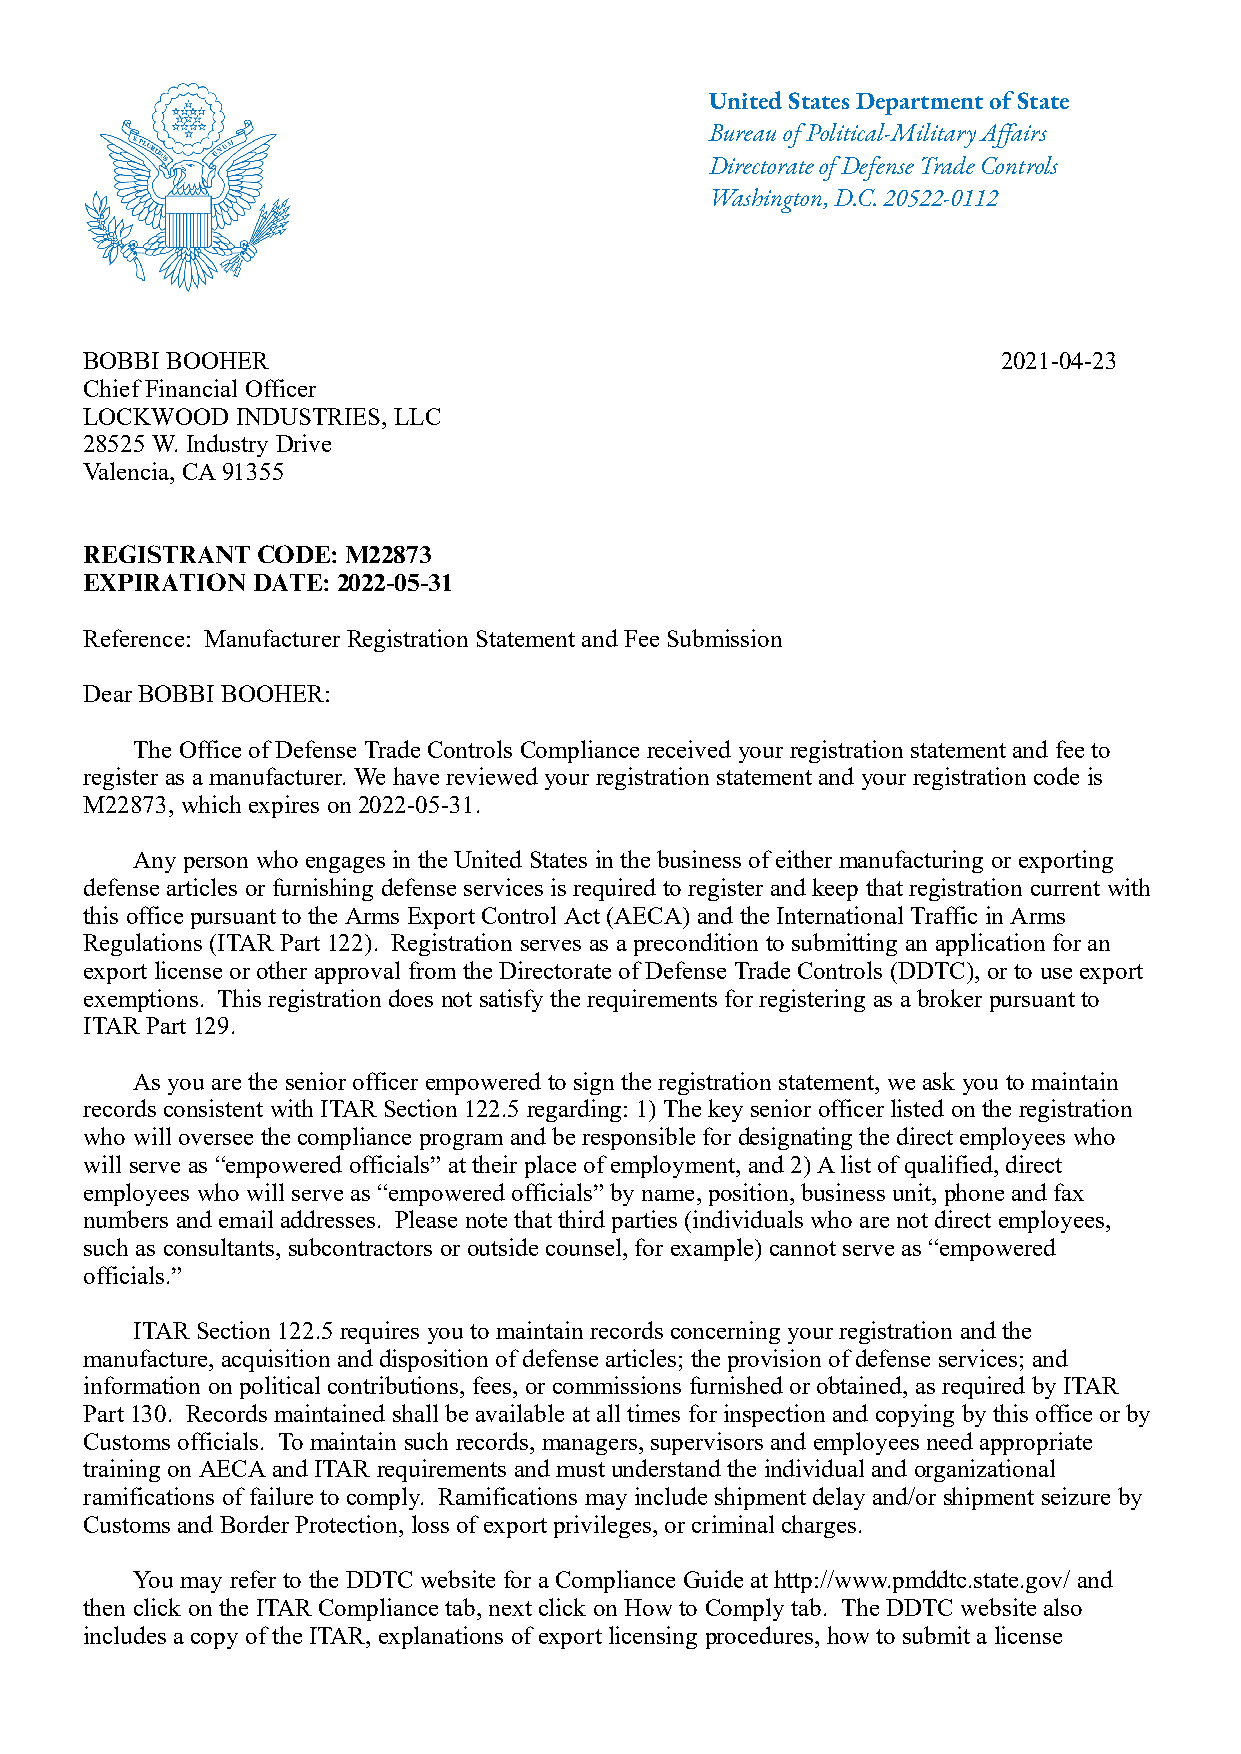
United States Department of State
 Bureau of Political-Military Affairs
 Directorate of Defense Trade Controls
 Washington, D.C. 20522-0112
 BOBBI BOOHER                                                2021-04-23
 Chief Financial Officer
 LOCKWOOD  INDUSTRIES, LLC
 28525 W. Industry Drive
 Valencia, CA 91355
 REGISTRANT CODE: M22873
 EXPIRATION DATE: 2022-05-31
 Reference: Manufacturer Registration Statement and Fee Submission
 Dear BOBBI BOOHER:
 The Office of Defense Trade Controls Compliance received your registration statement and fee to
 register as a manufacturer. We have reviewed your registration statement and your registration code is
 M22873, which expires on 2022-05-31.
 Any person who engages in the United States in the business of either manufacturing or exporting
 defense articles or furnishing defense services is required to register and keep that registration current with
 this office pursuant to the Arms Export Control Act (AECA) and the International Traffic in Arms
 Regulations (ITAR Part 122). Registration serves as a precondition to submitting an application for an
 export license or other approval from the Directorate of Defense Trade Controls (DDTC), or to use export
 exemptions. This registration does not satisfy the requirements for registering as a broker pursuant to
 ITAR Part 129.
 As you are the senior officer empowered to sign the registration statement, we ask you to maintain
 records consistent with ITAR Section 122.5 regarding: 1) The key senior officer listed on the registration
 who will oversee the compliance program and be responsible for designating the direct employees who
 will serve as “empowered officials” at their place of employment, and 2) A list of qualified, direct
 employees who will serve as “empowered officials” by name, position, business unit, phone and fax
 numbers and email addresses. Please note that third parties (individuals who are not direct employees,
 such as consultants, subcontractors or outside counsel, for example) cannot serve as “empowered
 officials.”
 ITAR Section 122.5 requires you to maintain records concerning your registration and the
 manufacture, acquisition and disposition of defense articles; the provision of defense services; and
 information on political contributions, fees, or commissions furnished or obtained, as required by ITAR
 Part 130. Records maintained shall be available at all times for inspection and copying by this office or by
 Customs officials. To maintain such records, managers, supervisors and employees need appropriate
 training on AECA and ITAR requirements and must understand the individual and organizational
 ramifications of failure to comply. Ramifications may include shipment delay and/or shipment seizure by
 Customs and Border Protection, loss of export privileges, or criminal charges.
 You may refer to the DDTC website for a Compliance Guide at http://www.pmddtc.state.gov/ and
 then click on the ITAR Compliance tab, next click on How to Comply tab. The DDTC website also
 includes a copy of the ITAR, explanations of export licensing procedures, how to submit a license